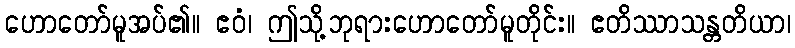
ဟောတော်မူအပ်၏။ ဧဝံ၊ ဤသို့ဘုရားဟောတော်မူတိုင်း။ ဧတိဿာသန္တတိယာ၊